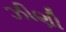
ઝીણી